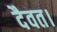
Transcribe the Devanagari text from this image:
दैवत।